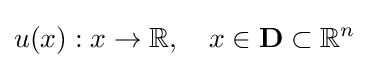
u(x):x\to \mathbb {R} ,\quad x\in \mathbf {D} \subset \mathbb {R} ^{n}